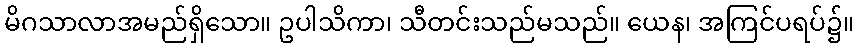
မိဂသာလာအမည်ရှိသော။ ဥပါသိကာ၊ သီတင်းသည်မသည်။ ယေန၊ အကြင်ပရပ်၌။